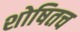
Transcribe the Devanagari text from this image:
शोषितच